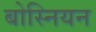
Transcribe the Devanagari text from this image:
बोस्नियन